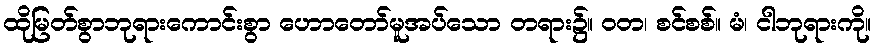
ထိုမြတ်စွာဘုရားကောင်းစွာ ဟောတော်မူအပ်သော တရား၌။ ဝတ၊ စင်စစ်။ မံ၊ ငါဘုရားကို။